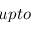
u p t o